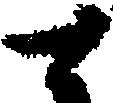
と